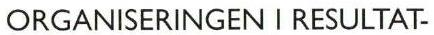
ORGANISERINGEN I RESULTAT-